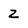
Character: Z